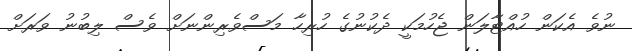
ނުވެ އެކަން ހުއްޓާލަން ޖެހުމަކީ ދެކުނުގެ ހުރިހާ މަސްވެރިންނަށް ވެސް ލިބުނު ވަރަށް